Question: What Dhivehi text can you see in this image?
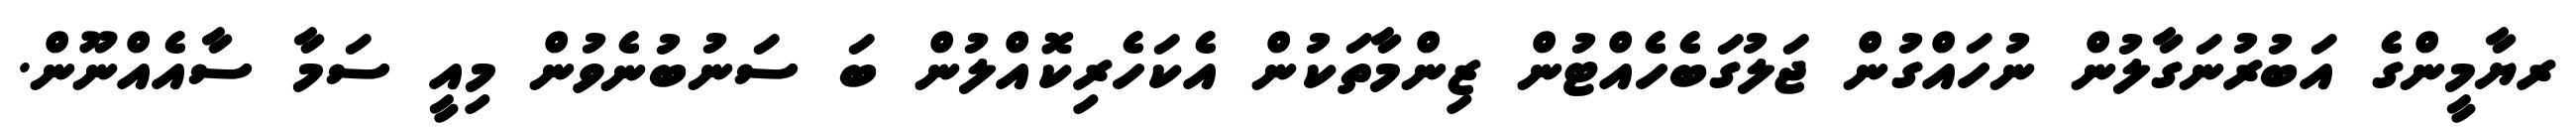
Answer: ރޔާމީންގެ އަބުރުނަގާލުން ނުހައްގުން ޖަލުގަބެހެއްޓުން ޒިންމާތަކުން އެކަހެރިކޮއްލުން ބަ ސަނުބުނެވުން މިއީ ސަމާ ސާއެއްނޫން.